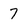
Character: 7